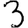
Digit: 3